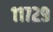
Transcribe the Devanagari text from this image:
११७२९